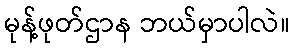
မုန့်ဖုတ်ဌာန ဘယ်မှာပါလဲ။